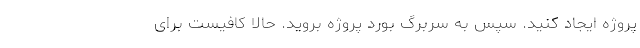
پروژه ایجاد کنید. سپس به سربرگ بورد پروژه بروید. حالا کافیست برای